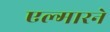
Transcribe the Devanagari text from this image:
एल्गारने